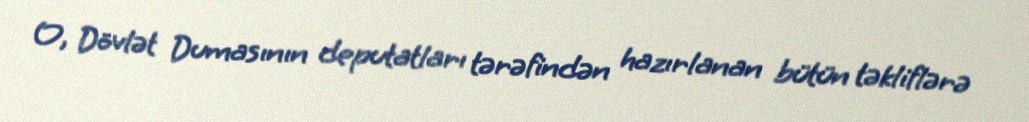
O, Dövlət Dumasının deputatları tərəfindən hazırlanan bütün təkliflərə